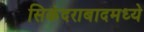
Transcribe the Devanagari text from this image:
सिकंदराबादमध्ये